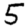
Digit: 5